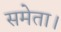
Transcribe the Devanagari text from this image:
समेता।